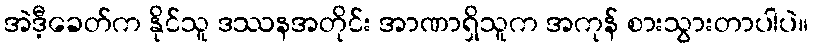
အဲဒီ့ခေတ်က နိုင်သူ ဒဿနအတိုင်း အာဏာရှိသူက အကုန် စားသွားတာပါပဲ။